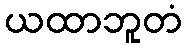
ယထာဘူတံ